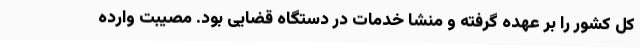
کل کشور را بر عهده گرفته و منشا خدمات در دستگاه قضایی بود. مصیبت وارده